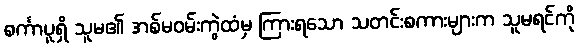
စင်္ကာပူရှိ သူမ၏ အစ်မဝမ်းကွဲထံမှ ကြားရသော သတင်းစကားများက သူမရင်ကို